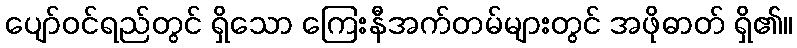
ပျော်ဝင်ရည်တွင် ရှိသော ကြေးနီအက်တမ်များတွင် အဖိုဓာတ် ရှိ၏။